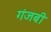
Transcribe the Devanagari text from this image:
गंजबी